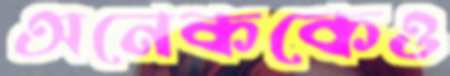
অনেককেও